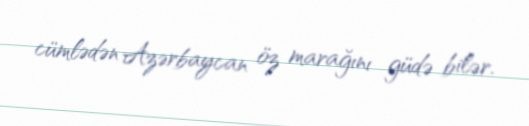
cümlədən Azərbaycan öz marağını güdə bilər.